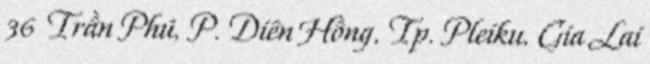
36 Trần Phú, P. Diên Hồng, Tp. Pleiku, Gia Lai